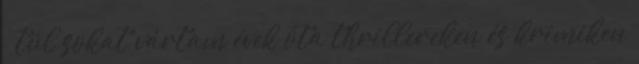
– túl sokat vártam évek óta thrillereken és krimiken